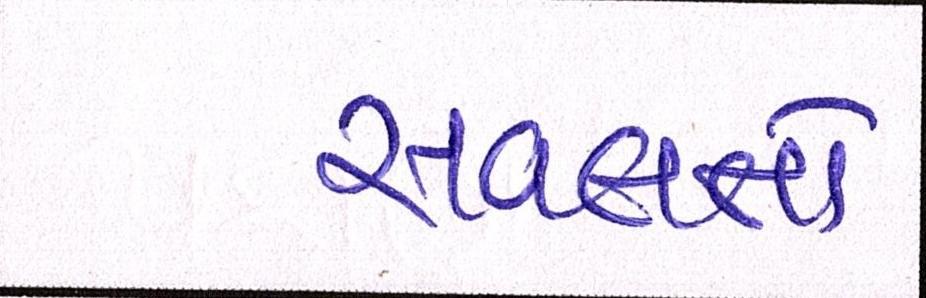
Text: સવલતો